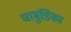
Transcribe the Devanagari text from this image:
चामुंडिका